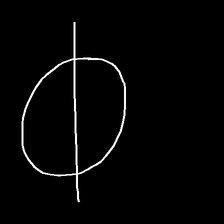
Glyph: orb